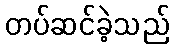
တပ်ဆင်ခဲ့သည်